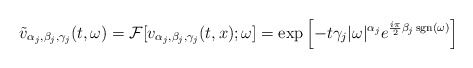
\begin{align*}\tilde{v}_{\alpha_{j}, \beta_{j}, \gamma_{j}}(t, \omega)= \mathcal{F}[v_{\alpha_{j}, \beta_{j}, \gamma_{j}}(t, x);\omega] = \exp\left[- t \gamma_j|\omega|^{\alpha_{j}} e^{\frac{i\pi}{2} \beta_{j}\, {\rm sgn}(\omega)}\right]\end{align*}